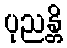
ပုညန္တိ